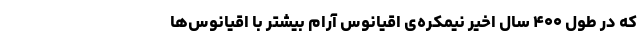
که در طول ۴۰۰ سال اخیر نیمکره‌ی اقیانوس آرام بیشتر با اقیانوس‌ها